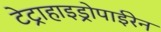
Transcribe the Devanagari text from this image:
टेट्राहाइड्रोपाईरेन